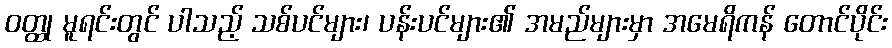
ဝတ္ထု မူရင်းတွင် ပါသည့် သစ်ပင်များ၊ ပန်းပင်များ၏ အမည်များမှာ အမေရိကန် တောင်ပိုင်း